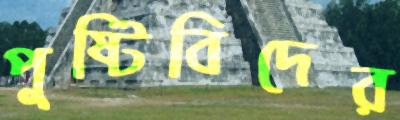
পুষ্টিবিদের